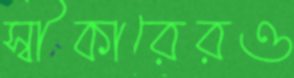
স্বীকারেরও